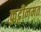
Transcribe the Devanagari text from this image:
कुट्टीनमत